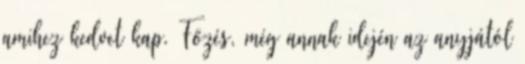
amihez kedvet kap. Főzés, még annak idején az anyjától